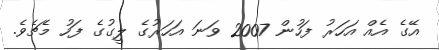
އޭގެ އެއް އަހަރު ފަހުން 2007 ވަނަ އަހަރުގެ ލީގުގެ ފަހު މެޗެވެ.